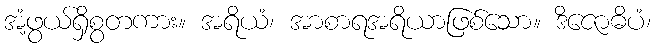
အံ့ဖွယ်ရှိစွတကား။ အရိယံ၊ အာစာရအရိယာဖြစ်သော။ ဒိဇောဓိပံ၊